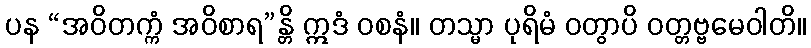
ပန “အဝိတက္ကံ အဝိစာရ”န္တိ ဣဒံ ဝစနံ။ တသ္မာ ပုရိမံ ဝတွာပိ ဝတ္တဗ္ဗမေဝါတိ။